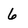
Character: 6